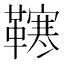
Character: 𩍎